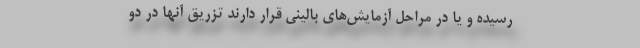
رسیده و یا در مراحل آزمایش‌های بالینی قرار دارند تزریق آنها در دو